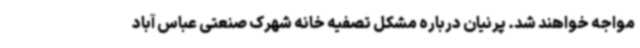
مواجه خواهند شد. پرنیان درباره مشکل تصفیه خانه شهرک صنعتی عباس آباد